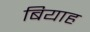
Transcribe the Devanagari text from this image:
बियाह